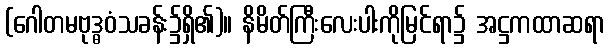
(ဂေါတမဗုဒ္ဓဝံသခန်း၌ရှိ၏)။ နိမိတ်ကြီးလေးပါးကိုမြင်ရာ၌ အဋ္ဌကထာဆရာ